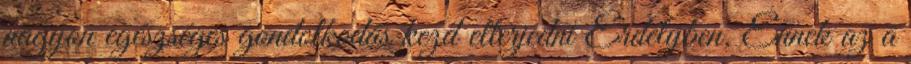
nagyon egészséges gondolkodás kezd elterjedni Erdélyben. Ennek az a